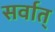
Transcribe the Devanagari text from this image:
सर्वात्